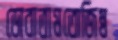
ডোবাতামতোজিম্ব